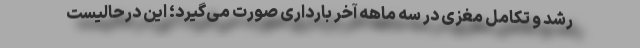
رشد و تکامل مغزی در سه ماهه آخر بارداری صورت می‌گیرد؛ این درحالیست